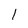
Character: 1